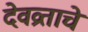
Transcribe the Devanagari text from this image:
देवव्रताचे